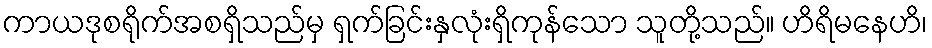
ကာယဒုစရိုက်အစရှိသည်မှ ရှက်ခြင်းနှလုံးရှိကုန်သော သူတို့သည်။ ဟိရိမနေဟိ၊